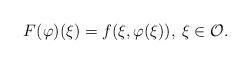
LaTeX: \begin{align*}F (\varphi)(\xi) = f(\xi, \varphi(\xi)), \: \xi \in \mathcal{O}.\end{align*}